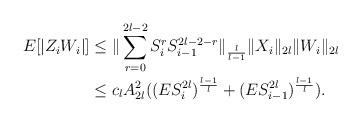
LaTeX: \begin{align*}E[|Z_iW_i|]&\le \|\sum_{r=0}^{2l-2} S_i^{r}S_{i-1}^{2l-2-r}\|_\frac{l}{l-1}\|X_i\|_{2l} \|W_i\|_{2l}\\&\le c_l A_{2l}^2 ((E S_i^{2l})^\frac{l-1}{l}+(ES_{i-1}^{2l})^\frac{l-1}{l} ).\end{align*}